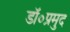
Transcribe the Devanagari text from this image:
डॉ०प्रमुद